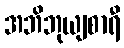
အဘိဘုယျစာရီ